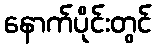
နောက်ပိုင်းတွင်